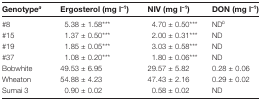
| Genotypea | Ergosterol (mg l–1) | NIV (mg l–1) | DON (mg l–1) |
 | --- | --- | --- | --- |
 | #8 | 5.38 ± 1.58*** | 4.70 ± 0.50*** | NDb |
 | #15 | 1.37 ± 0.50*** | 2.00 ± 0.31*** | ND |
 | #19 | 1.85 ± 0.05*** | 3.03 ± 0.58*** | ND |
 | #37 | 1.08 ± 0.20*** | 1.80 ± 0.06*** | ND |
 | Bobwhite | 49.53 ± 6.95 | 29.57 ± 5.82 | 0.28 ± 0.06 |
 | Wheaton | 54.88 ± 4.23 | 47.43 ± 2.16 | 0.29 ± 0.02 |
 | Sumai 3 | 0.90 ± 0.02 | 0.58 ± 0.02 | ND |